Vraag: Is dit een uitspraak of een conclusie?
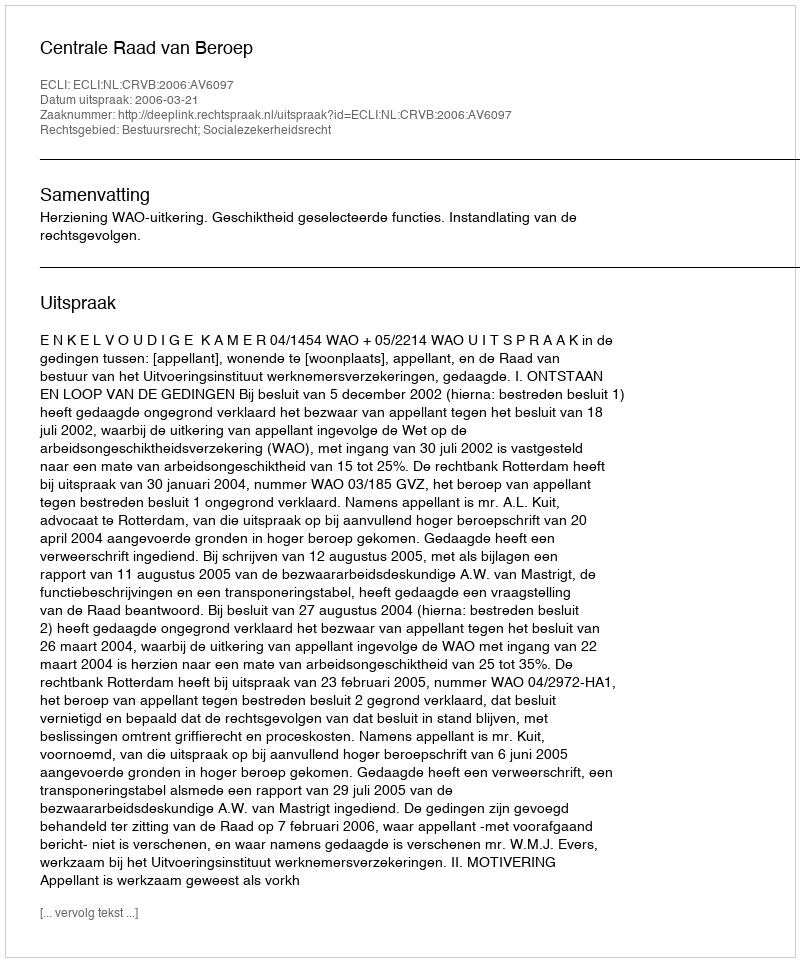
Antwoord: Uitspraak